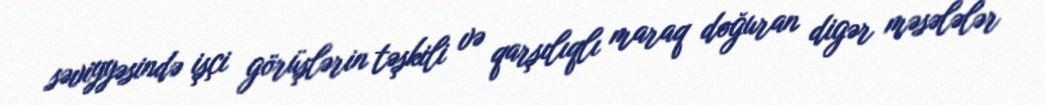
səviyyəsində işçi görüşlərin təşkili və qarşılıqlı maraq doğuran digər məsələlər